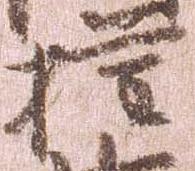
権